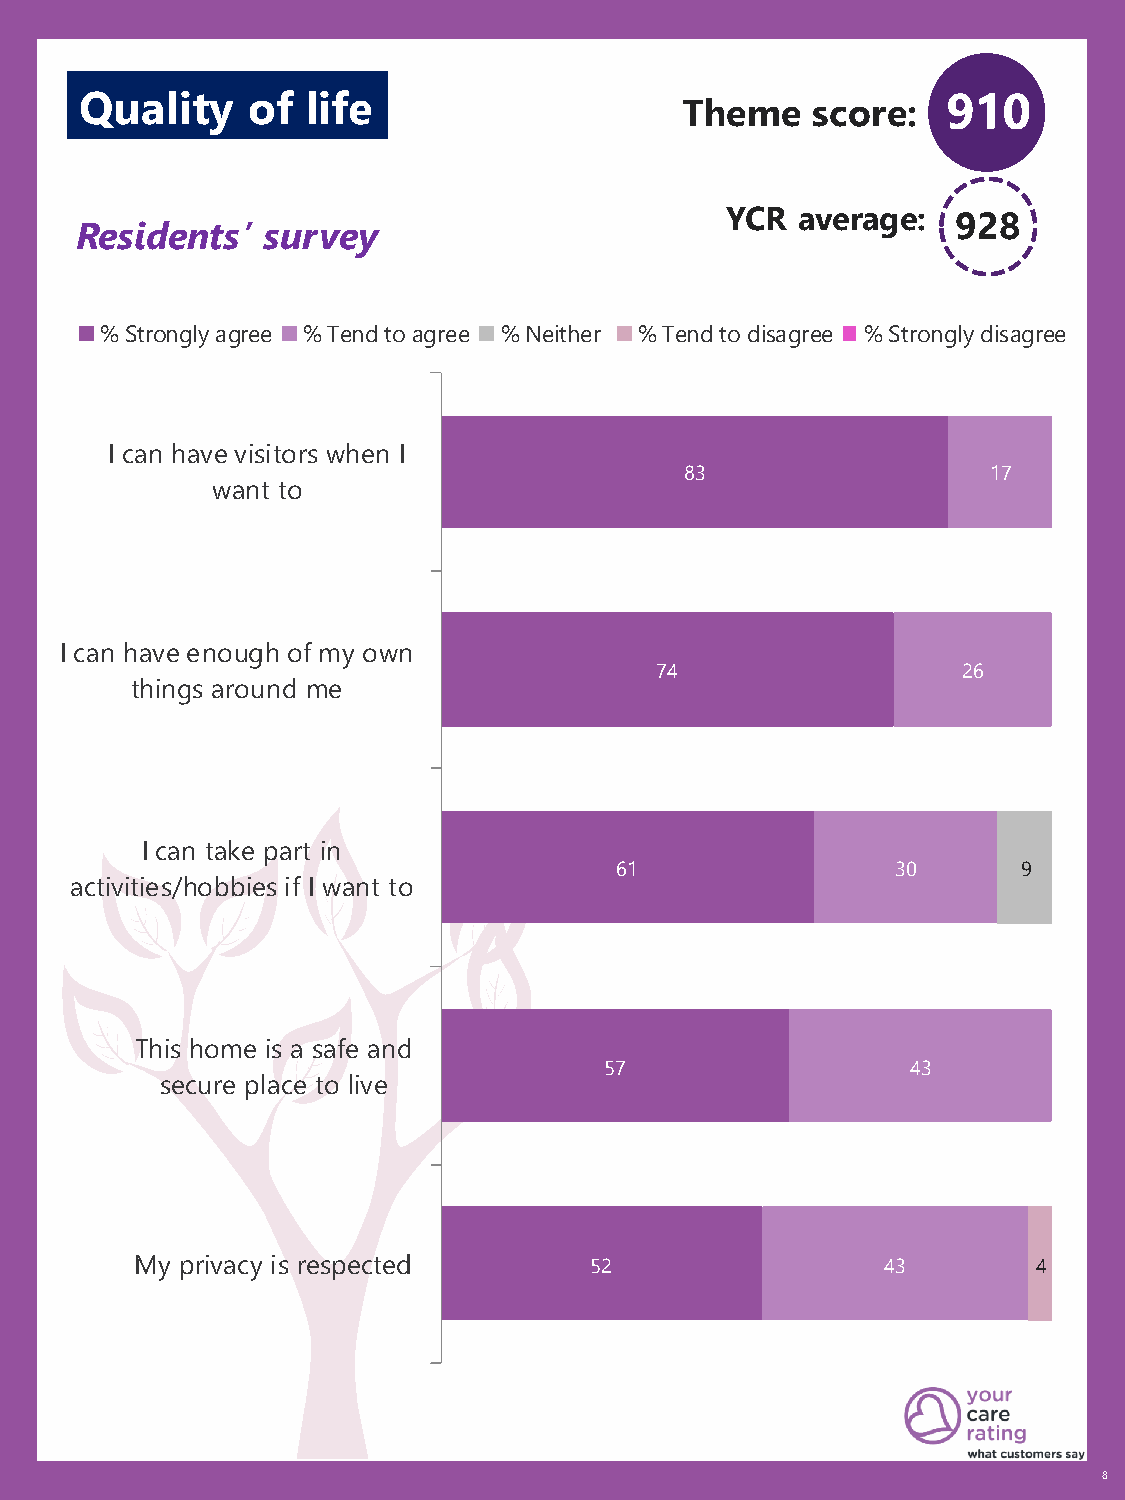
Quality    of  life                                       910
 Theme    score:
 YCR  average:  928
 Residents’  survey
 % Strongly agree % Tend to agree % Neither % Tend to disagree % Strongly disagree
 I can have visitors when I
 83                   17
 want to
 I can have enough of my own
 74                   26
 things around me
 I can take part in
 61                30       9
 activities/hobbies if I want to
 This home is a safe and
 57                  43
 secure place to live
 My privacy is respected       52                  43        4
 8